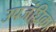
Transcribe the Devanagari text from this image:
उपजंघिका